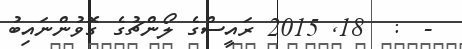
-  :  18